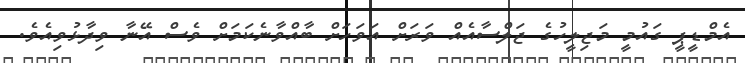
އެމްޑީޕީ ގައުމީ މަޖިލީހުގެ ޖަލްސާއެއް ވަރަށް އަވަހަށް ބާއްވާނެކަމަށް ވެސް އޭނާ ވިދާޅުވިއެވެ.